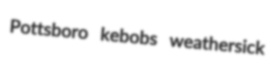
Pottsboro kebobs weathersick